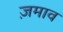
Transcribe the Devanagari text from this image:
ज़माव